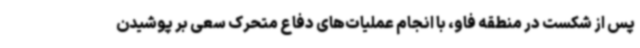
پس از شکست در منطقه فاو، با انجام عملیات‌های دفاع متحرک سعی بر پوشیدن